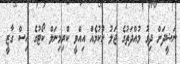
ނަޝީދަށް ދިގު މުއްދަތުގެ ޖަލު ހުކުމެއް އިއްވީ ކްރިމިނަލް ކޯޓުގެ އިސް ގާޒީ